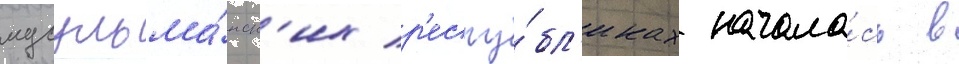
мусульма́нск'их р'еспу́бл'иках начала́сь в